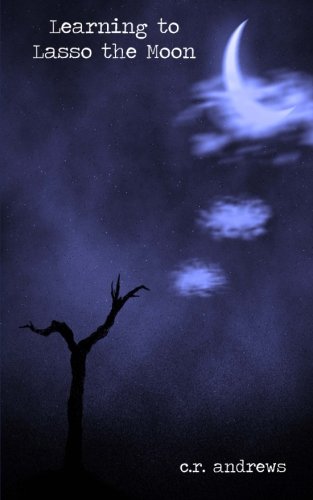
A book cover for Learning to Lasso the Moon; C R Andrews; Literature & Fiction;